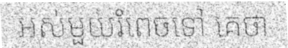
អស់មួយរំពេចទៅ គេថា